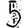
Digit: 5